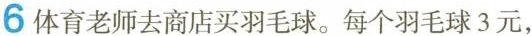
6 体育老师去商店买羽毛球。每个羽毛球3元，